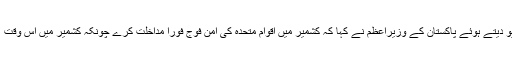
مگر ایک امریکی جریدے نیویارک ٹائمز کو انٹرویو دیتے ہوئے پاکستان کے وزیراعظم نے کہا کہ کشمیر میں اقوام متحدہ کی امن فوج فورا مداخلت کرے چونکہ کشمیر میں اس وقت لاکھوں لوگوں کی جانوں کو سخت خطرہ لاحق ہے۔